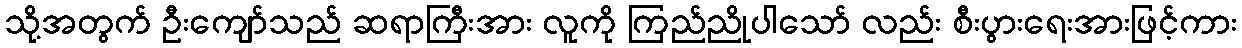
သို့အတွက် ဦးကျော်သည် ဆရာကြီးအား လူကို ကြည်ညိုပါသော် လည်း စီးပွားရေးအားဖြင့်ကား